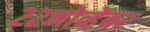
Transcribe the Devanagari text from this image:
२२नोव्हेंबर